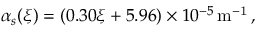
\alpha _ { s } ( \xi ) = ( 0 . 3 0 \xi + 5 . 9 6 ) \times 1 0 ^ { - 5 } \mathrm { \, m ^ { - 1 } \, , }